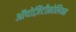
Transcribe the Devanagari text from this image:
ऑपोज़िटीफ़ोलियम